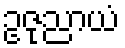
ဥဇုညာယံ